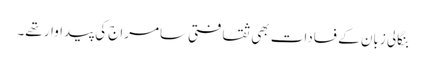
بنگالی زبان کے فسادات بھی ثقافتی سامراج کی پیداوار تھے۔